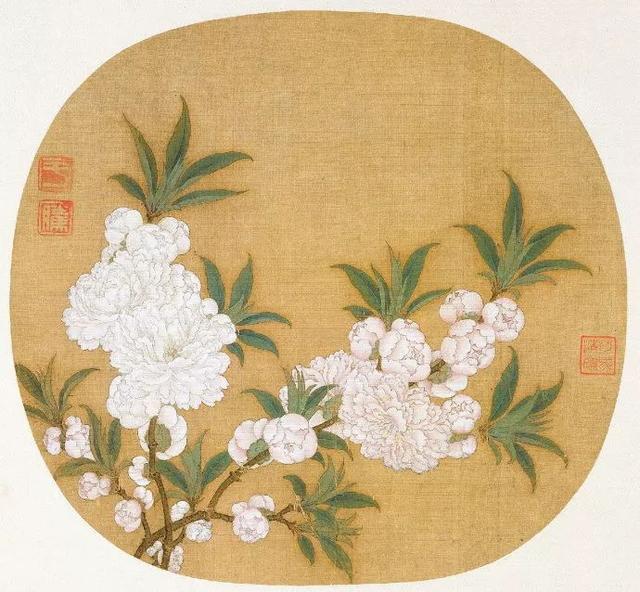
强整绣衾，独掩朱扉，枕簟为谁铺设。